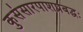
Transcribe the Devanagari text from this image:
कुसंसारपाशप्रबद्धः